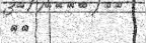
٨٥